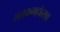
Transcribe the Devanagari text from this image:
शतकमहोत्सव